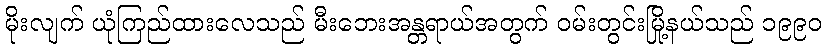
မိုးလျက် ယုံကြည်ထားလေသည် မီးဘေးအန္တရာယ်အတွက် ဝမ်းတွင်းမြို့နယ်သည် ၁၉၉၀